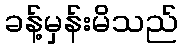
ခန့်မှန်းမိသည်